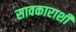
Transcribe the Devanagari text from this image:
सावकाराशी